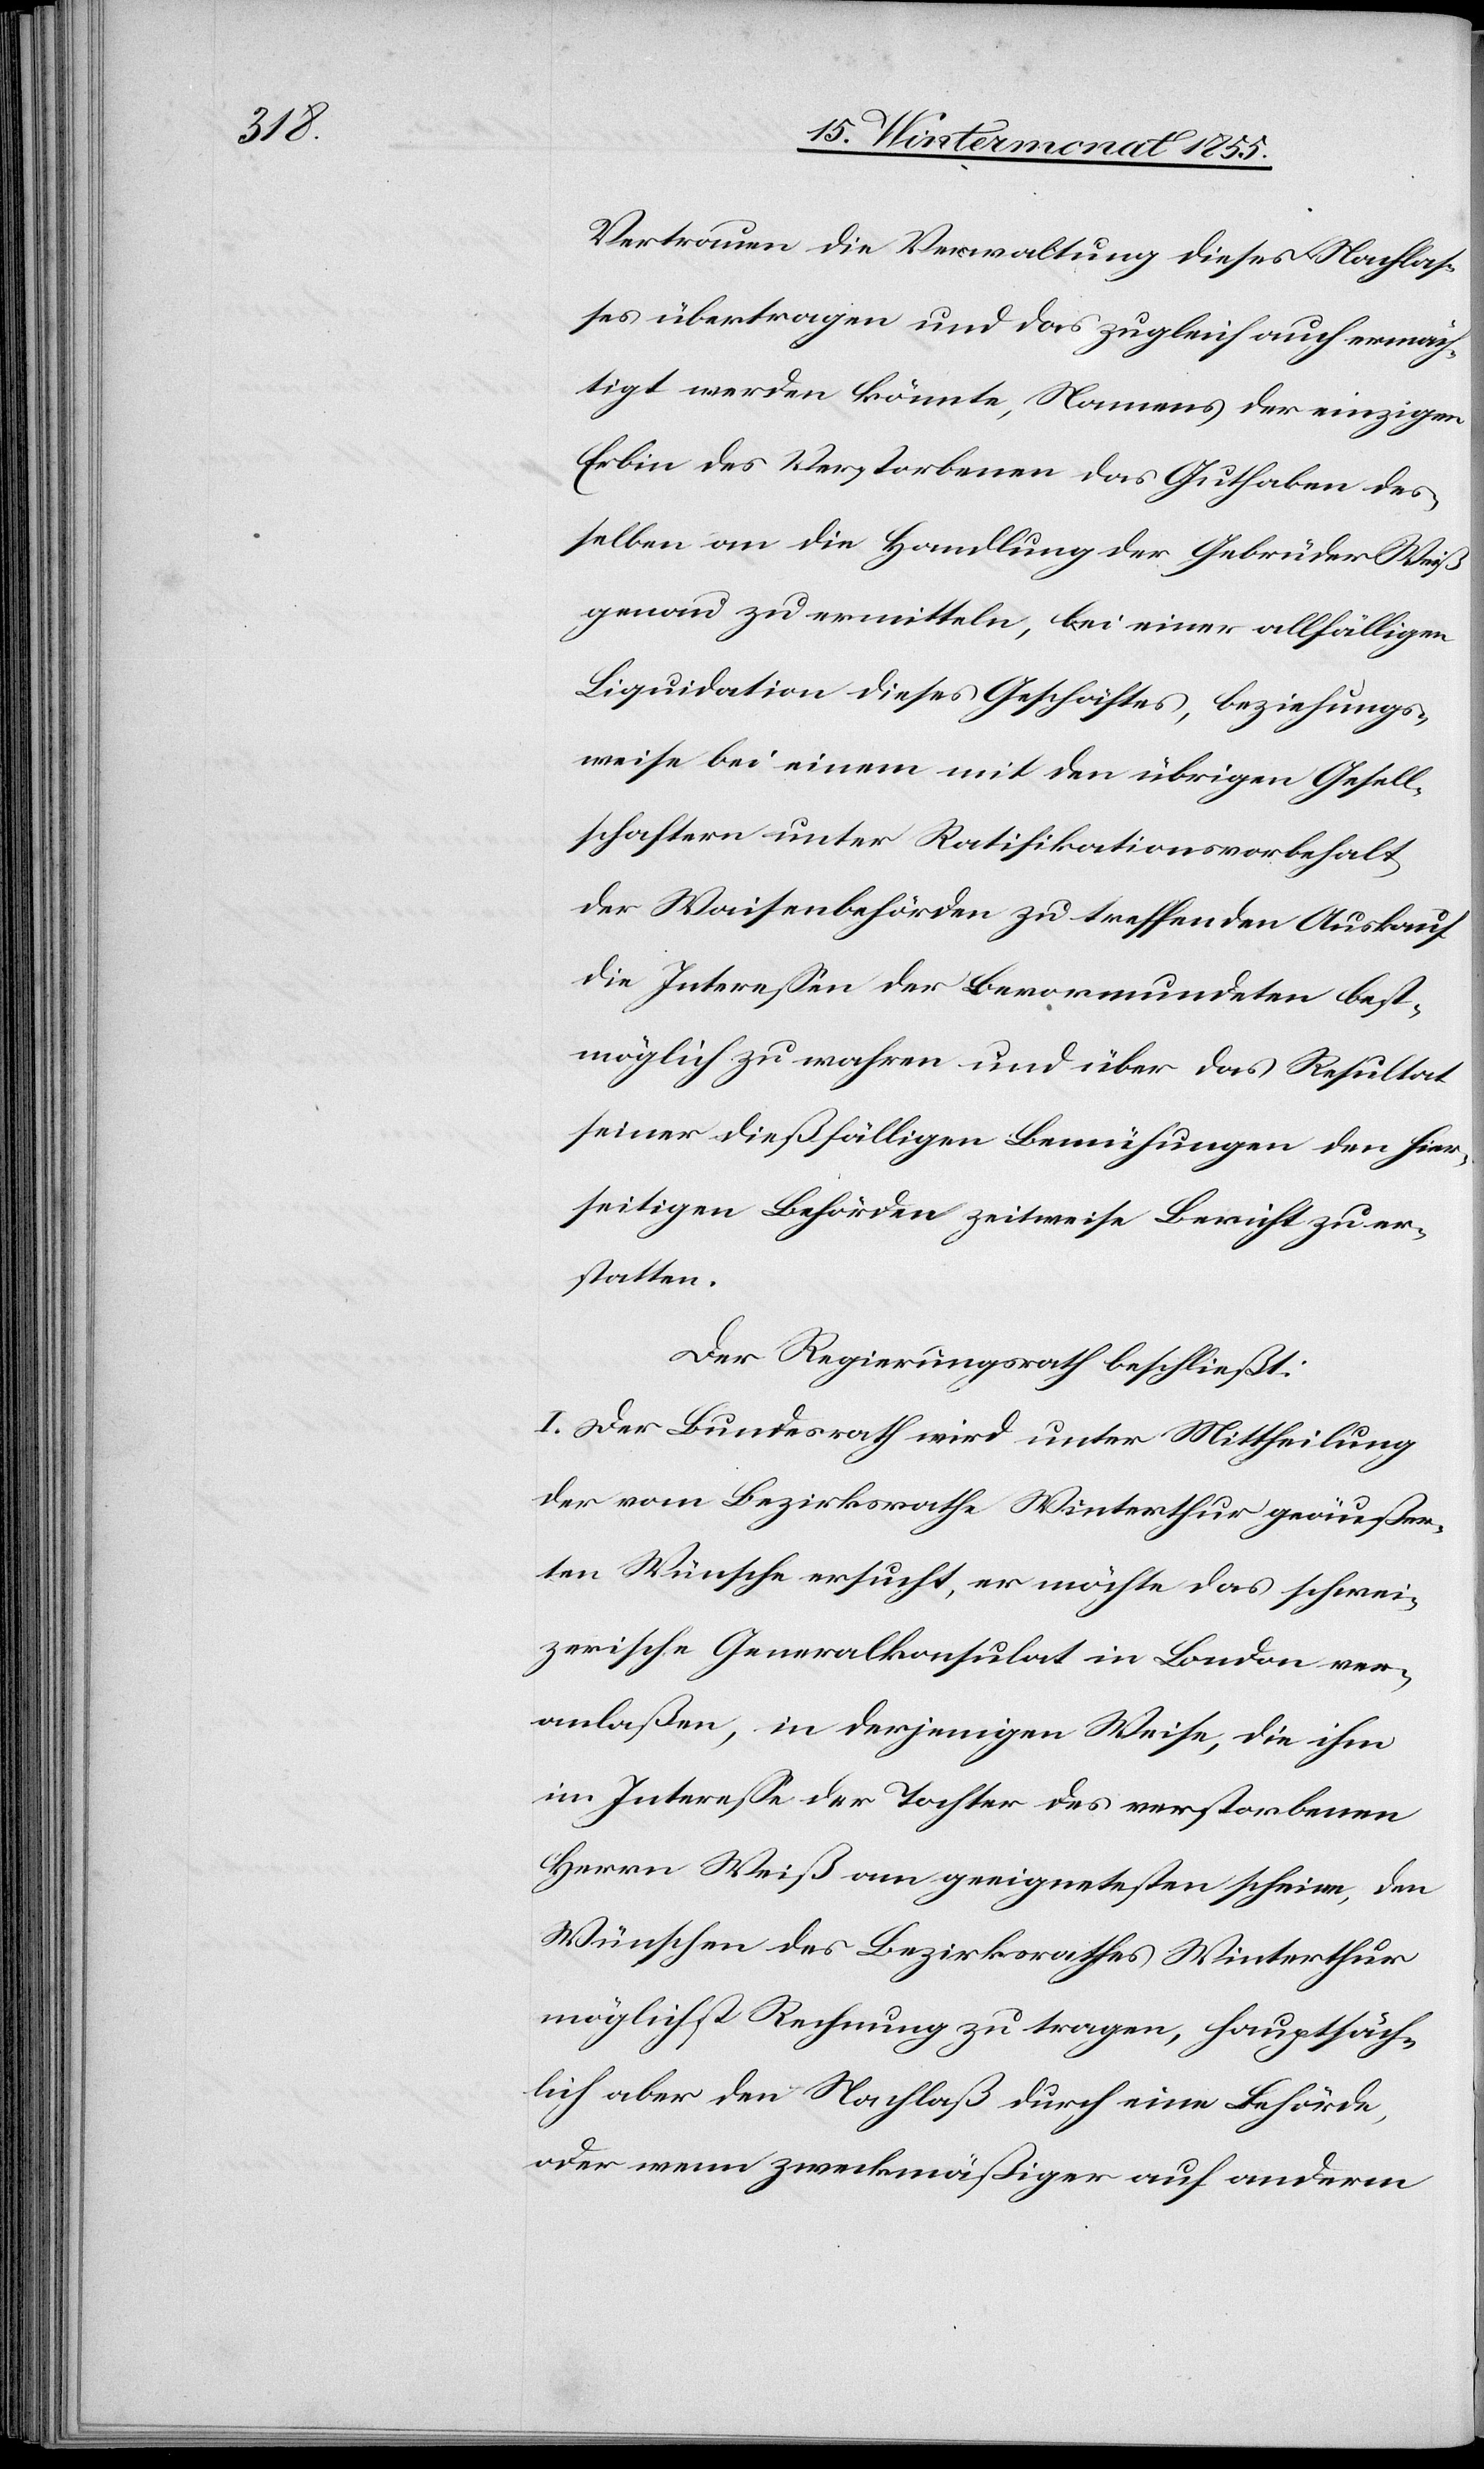
Vertrauen die Verwaltung dieses Nachlas¬
ses übertragen und das zugleich auch ermäch¬
tigt werden könnte, Namens der einzigen
Erbin des Verstorbenen das Guthaben des¬
selben an die Handlung der Gebrüder Weiß
genau zu ermitteln, bei einer allfälligen
Liquidation dieses Geschäftes, beziehungs¬
weise bei einem mit den übrigen Gesell¬
schaftern unter Ratifikationsvorbehalt
der Waisenbehörden zu treffenden Auskauf
die Interessen der Bevormundeten best¬
möglich zu wahren und über das Resultat
seiner dießfälligen Bemühungen den hier¬
seitigen Behörden zeitweise Bericht zu er¬
statten.
Der Regierungsrath beschließt:
I. Der Bundesrath wird unter Mittheilung
der vom Bezirksrathe Winterthur geäußer¬
ten Wünsche ersucht, er möchte das schwei¬
zerische Generalkonsulat in London ver¬
anlaßen, in derjenigen Weise, die ihm
im Interesse der Tochter des verstorbenen
Herrn Weiß am geeignetesten scheine, den
Wünschen des Bezirksrathes Winterthur
möglichst Rechnung zu tragen, hauptsäch¬
lich aber den Nachlaß durch eine Behörde,
oder wenn zweckmäßiger auf anderm